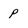
Character: P